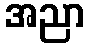
အညာ